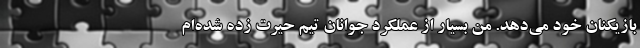
بازیکنان خود می‌دهد. من بسیار از عملکرد جوانان تیم حیرت زده شده‌ام